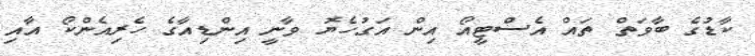
ކާޑުގެ ބާވަތް ތައް އެސްޓީއޯ އިން އަގުހެޔޮ ވާނީ އިންޑިއާގެ ހެރިއެންކޯ އާއި